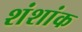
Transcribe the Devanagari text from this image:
शंशांक